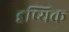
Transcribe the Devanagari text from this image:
दृष्यिक